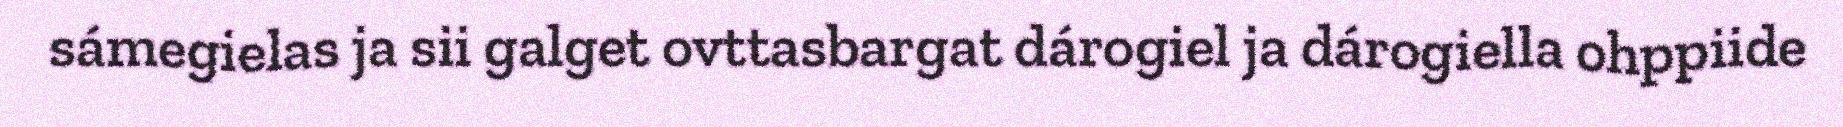
sámegielas ja sii galget ovttasbargat dárogiel ja dárogiella ohppiide